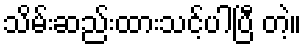
သိမ်းဆည်းထားသင့်ပါပြီ တဲ့။